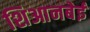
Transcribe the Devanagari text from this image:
शिआनबेई